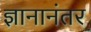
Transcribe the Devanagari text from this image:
ज्ञानानंतर